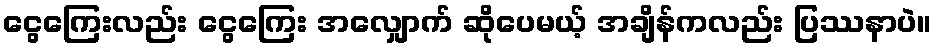
ငွေကြေးလည်း ငွေကြေး အလျှောက် ဆိုပေမယ့် အချိန်ကလည်း ပြဿနာပဲ။